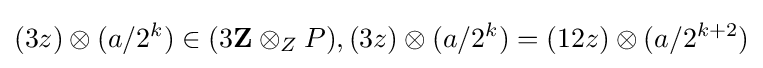
(3z)\otimes (a/2^{k})\in (3\mathbf {Z} \otimes _{Z}P),(3z)\otimes (a/2^{k})=(12z)\otimes (a/2^{k+2})